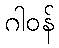
ဂါဝန်